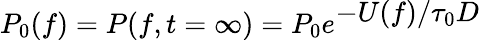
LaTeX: P_{0}(f)=P(f,t=\infty)=P_{0}e^{\displaystyle-U(f)/\tau_{0}D}